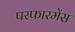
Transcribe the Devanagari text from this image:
परफारमेंस